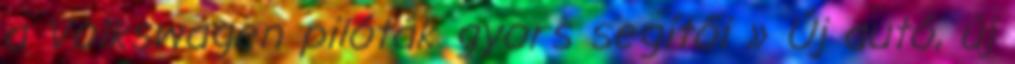
a Volkswagen pilóták gyors segítői » Új autó, új